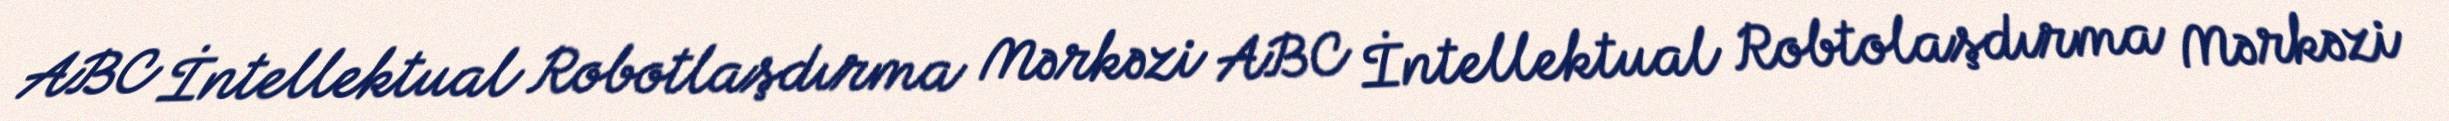
ABC İntellektual Robotlaşdırma Mərkəzi ABC İntellektual Robtolaşdırma Mərkəzi